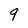
Character: 9